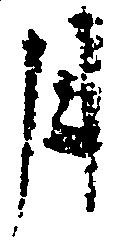
月